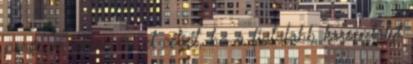
program akkor éri el célját, ha a fiatalabb korosztályt